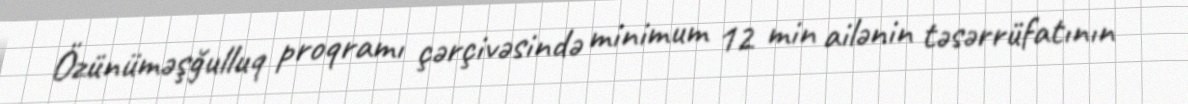
Özünüməşğulluq proqramı çərçivəsində minimum 12 min ailənin təsərrüfatının